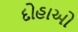
દોહાઓ